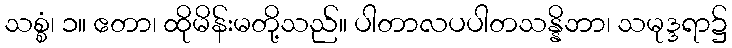
သစ္စံ၊ ၁။ ဧတာ၊ ထိုမိန်းမတို့သည်။ ပါတာလပပါတသန္နိဘာ၊ သမုဒ္ဒရာ၌